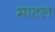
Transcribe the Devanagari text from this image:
माटल